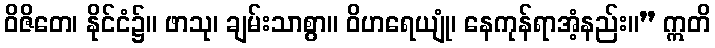
ဝိဇိတေ၊ နိုင်ငံ၌။ ဖာသု၊ ချမ်းသာစွာ။ ဝိဟရေယျုံ၊ နေကုန်ရာအံ့နည်း။” ဣတိ